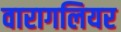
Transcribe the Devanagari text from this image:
वारागलियर